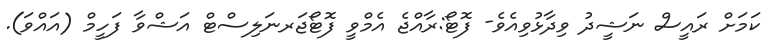
ކަމަށް ރައީސް ނަޝީދު ވިދާޅުވިއެވެ- ފޮޓޯ:ރާއްޖެ އެމްވީ ފޮޓޯޖަރނަލިސްޓް އަޝްވާ ފަހީމް (އައްވަ).